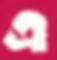
এ